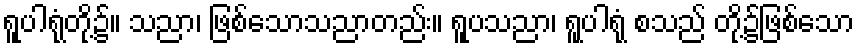
ရူပါရုံတို့၌။ သညာ၊ ဖြစ်သောသညာတည်း။ ရူပသညာ၊ ရူပါရုံ စသည် တို့၌ဖြစ်သော